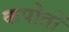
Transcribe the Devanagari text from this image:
कपोतों